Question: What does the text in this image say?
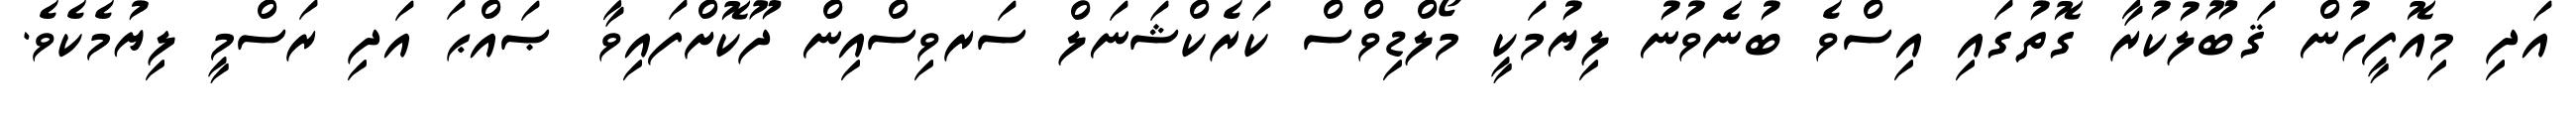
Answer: އަދި މިއޮފީހުން ޤަބޫލުކުރާ ގޮތުގައި އިސްވެ ބުނެވުނު ލިޔުމަކީ މޯލްޑިވްސް ކަރެކްޝަނަލް ސަރވިސްއިން ދޫކޮށްފައިވާ ޞައްޙަ އަދި ރަސްމީ ލިޔުމެކެވެ.